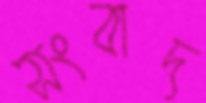
সংবাদ